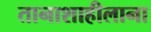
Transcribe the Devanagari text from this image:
तानाशाहीलाना